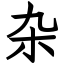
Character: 杂